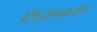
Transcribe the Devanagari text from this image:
सिंड्रोमबताए